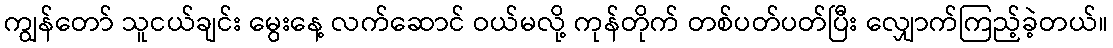
ကျွန်တော် သူငယ်ချင်း မွေးနေ့ လက်ဆောင် ဝယ်မလို့ ကုန်တိုက် တစ်ပတ်ပတ်ပြီး လျှောက်ကြည့်ခဲ့တယ်။